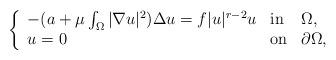
LaTeX: \begin{align*}\left\{\begin{array}[c]{lll}-(a+\mu \int_{\Omega} |\nabla u|^2) \Delta u =f|u|^{r-2}u & \mathrm{in} & \Omega,\\u=0 & \mathrm{on} & \partial\Omega,\end{array}\right. \end{align*}